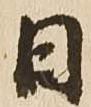
日